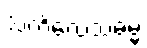
သံကိလေသဓမ္မံ